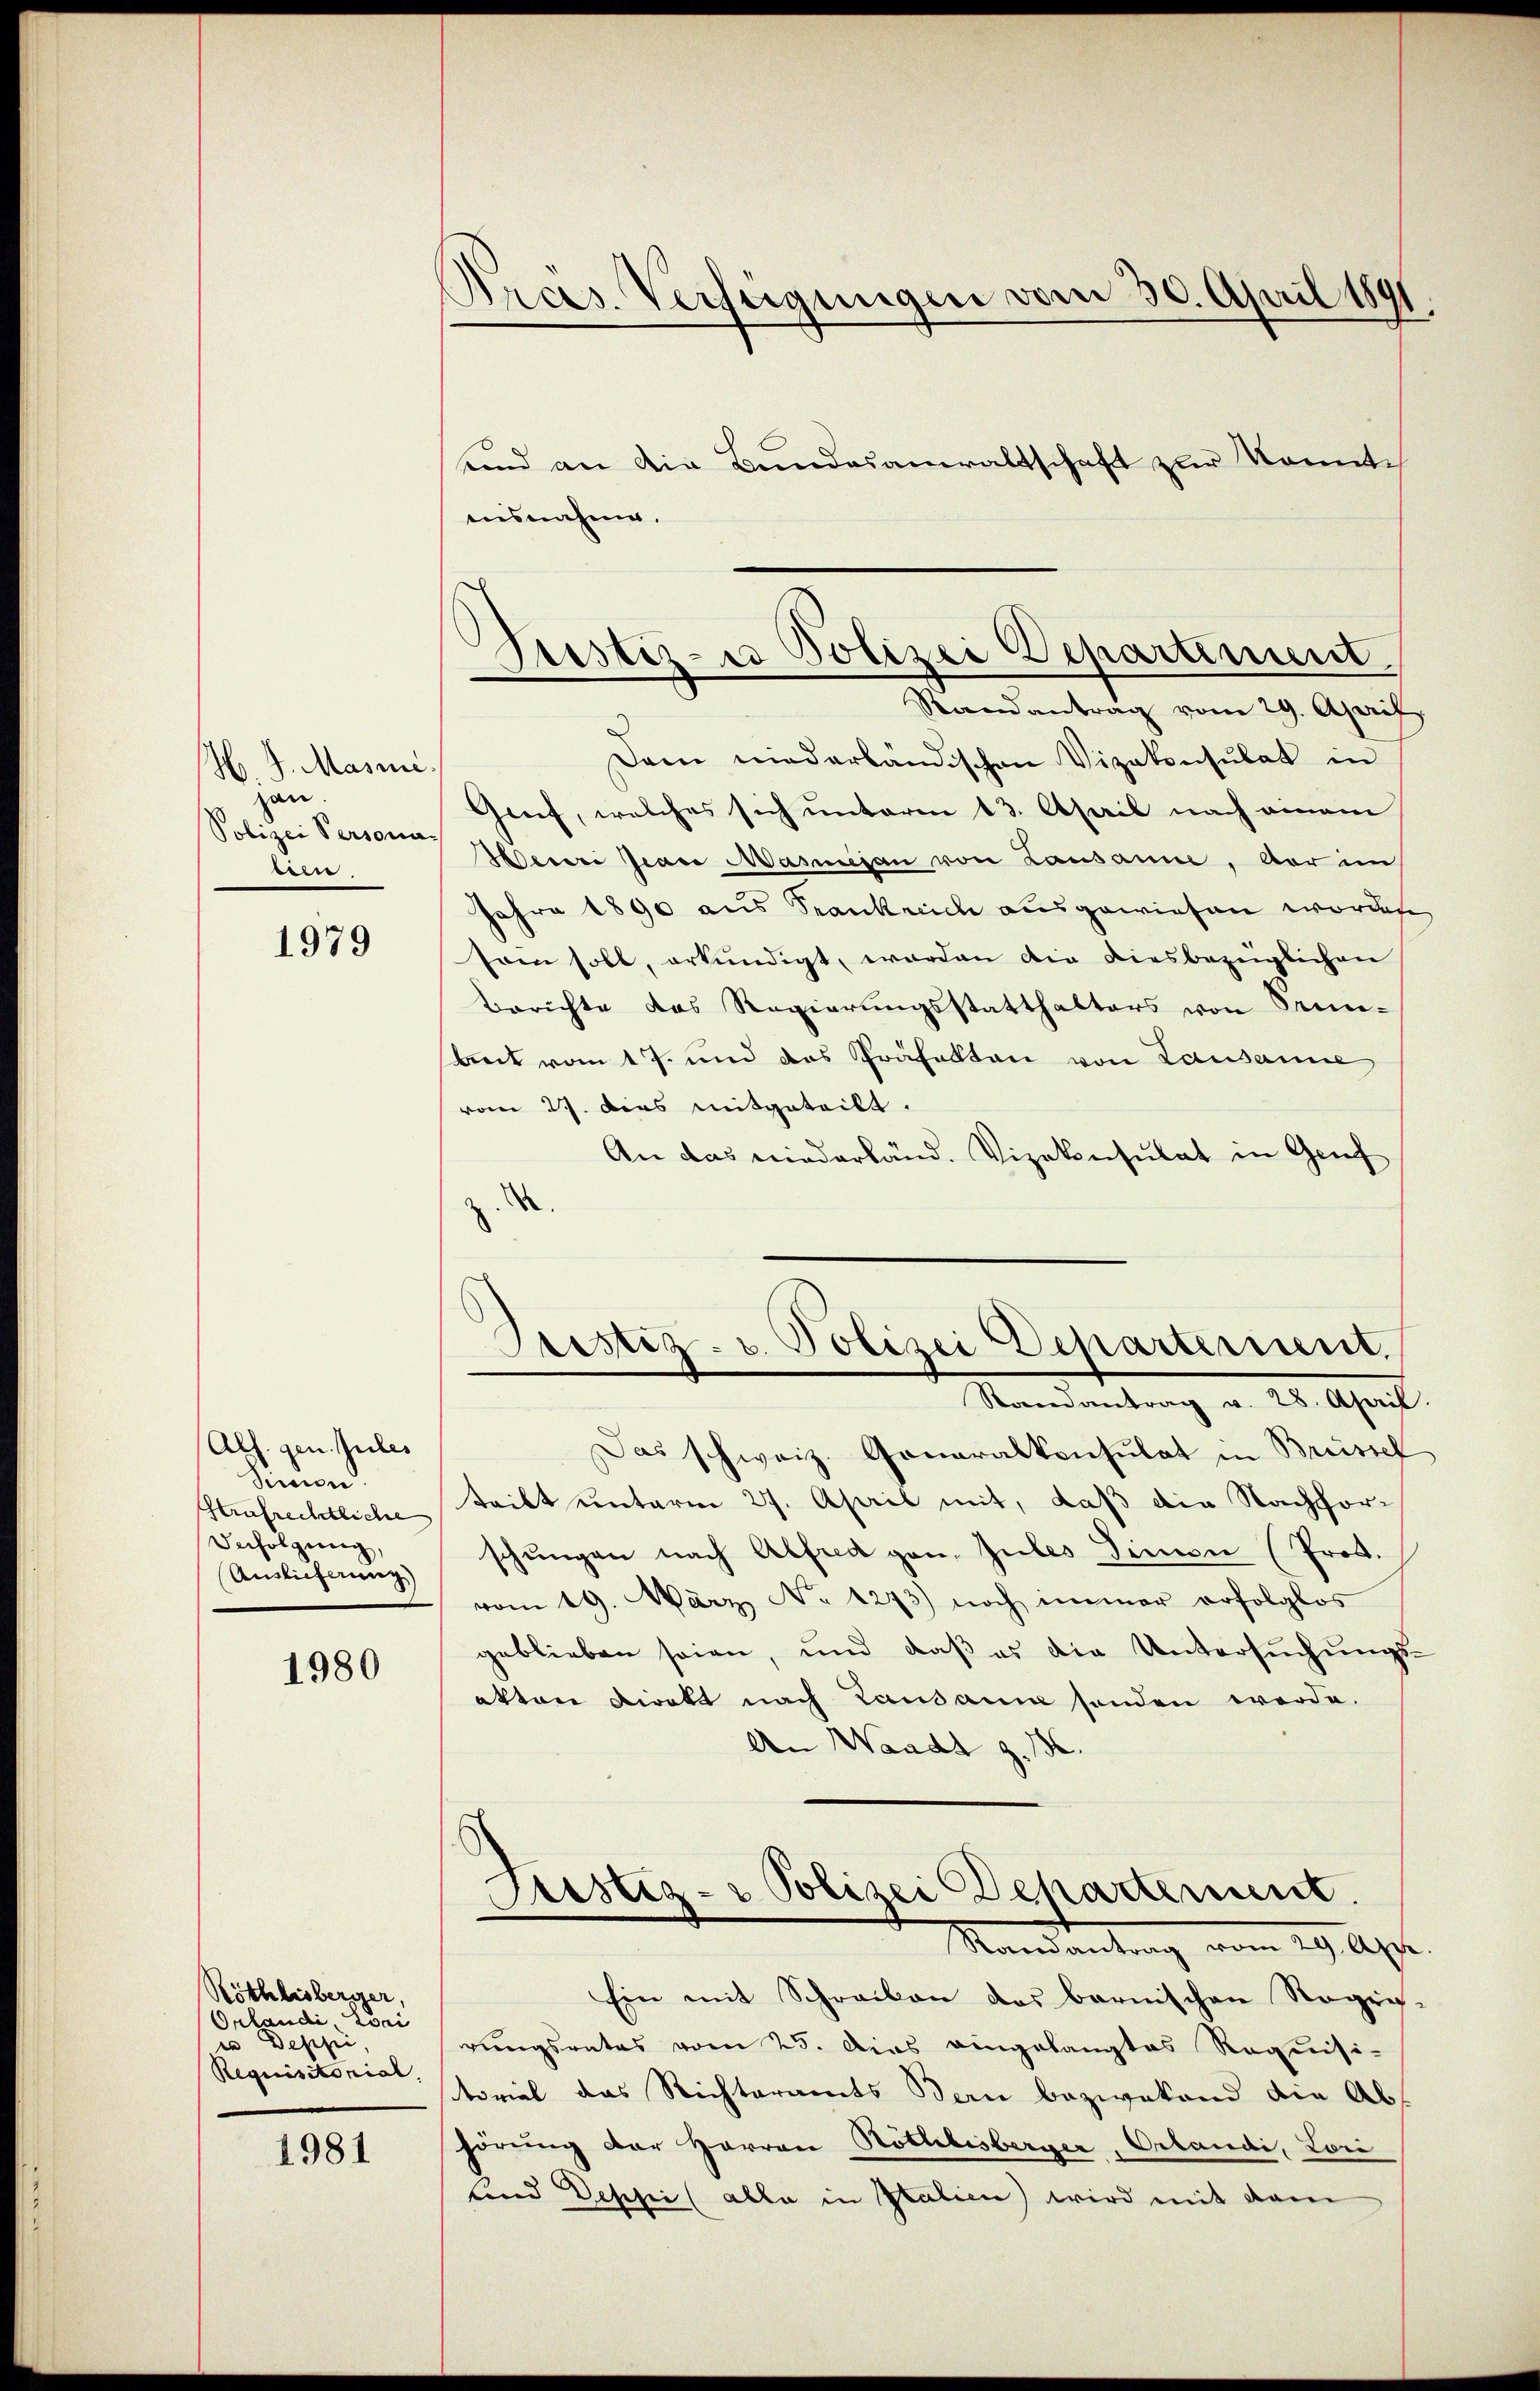
H. J. Masse.
zan
Polizei Persona-
lien.

1979

Als. gen. Jules
Simon
Strafrechtliche
Befolgung,
Auslieferung)

1980

Röthlisberger,
Orlandi Lori
in Deschi
Requisitorial,

1981

Pras Verfügungen vom 30. April 1891.
und an die Bundesanwaltschaft zur Komitch

ausnahme.
Dann niederländischen Vizekonsulat in
Greif, welches sich unterm 13. April nach einem
Herei Jean Masierau von Lausanne, war in
Jahre 1890 aus Frankreich ausgewiesen worden.
sam soll, erkundigt, worden die diesbezüglichen
Berichte das Regierungsstatthalters von Senn-
bet vom 17. und das Präfekten von Lausanne
vom 27. dies mitgeteilt.
An das niederländ. Vizekonsulat in Gruf
z.
Pristiz- u. Polizei Departement.
Roeneantrag v. 28. April
Das schweiz. Generalkonsulat in Brüssel
teilt unterm 27. April mit, daß die Nachforschŭngen nach Alfred ganz Jules Sinnen (Prof.
vom 19. März No 1273) noch immer erfolglos
geblieben seien, und daß es die Untersuchungsakten Direkt nach Lausann sonden werde.
An Waadt z. 136.
¬
Justiz- & Polizei Departement.
Mandantung vom 29. Apr
Ein mit Schreiben des bernischen Regie-
rungsrates vom 25. Dies eingelangtes Requisi-
torial das Richteramts Bern bezwakand die Ab
hörung der Herren Röthlisberger, Orlandi, Lori
lind Deschei (alle in Italien) wird mit dem

Justiz- u Polizei Departiment
Randantrag vom 29. April,